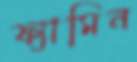
ফ্যামিন